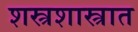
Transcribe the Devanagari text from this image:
शस्त्रशास्त्रात